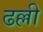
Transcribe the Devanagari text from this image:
ढल्ली